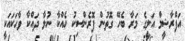
އަފްރާޝީމް އަލީގެ މަރާ ބެހޭ ގޮތުން ފޮރެންސިކު ހެއްކާ ނުލާ ދައްކާ ވާހަކައަކީ